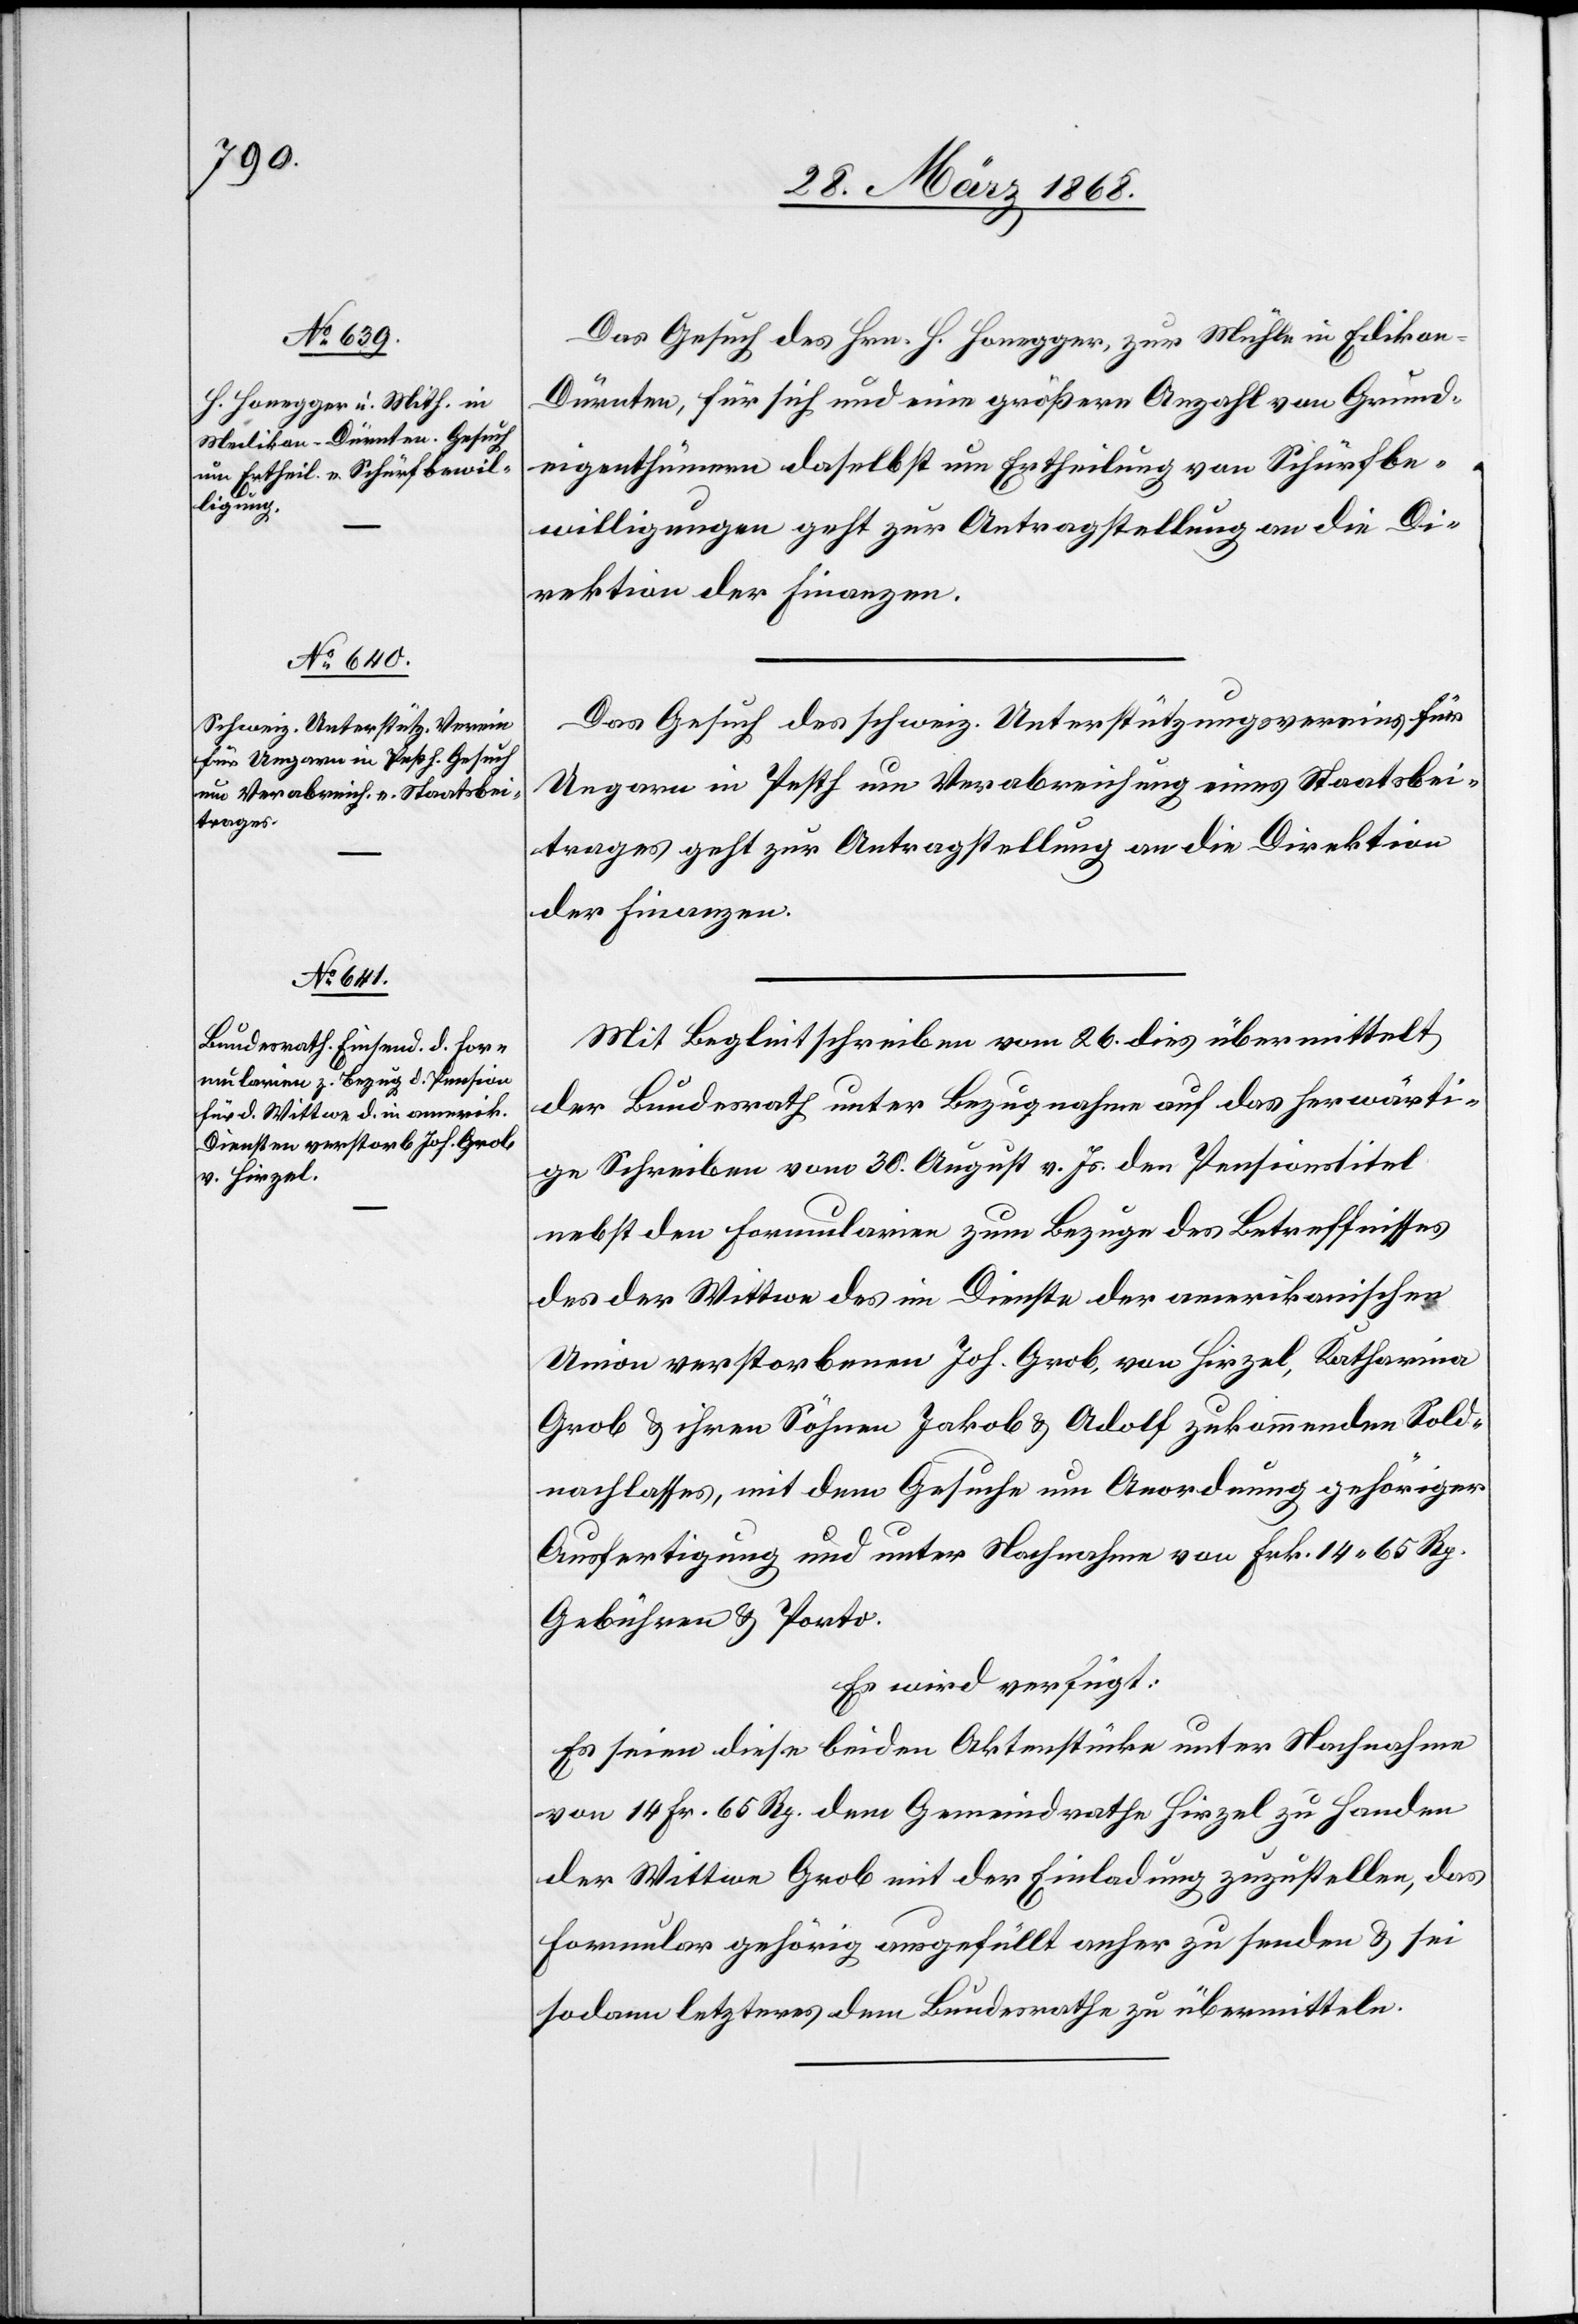
31. März 1868.]
Das Gesuch des Hrn. H. Honegger, zur Mühle in Ediko¬
n-Dürnten, für sich und eine größere Anzahl von Grund¬
eigenthümern daselbst um Ertheilung von Schürfbe¬
willigungen geht zur Antragstellung an die Di¬
rektion der Finanzen.
Das Gesuch des schweiz. Unterstützungsvereins für
Ungarn in Pesth um Verabreichung eines Staatsbei¬
trages geht zur Antragstellung an die Direktion
der Finanzen.
Mit Begleitschreiben vom 26. dies übermittelt
der Bundesrath unter Bezugnahme auf das herwärti¬
ge Schreiben vom 30. August v. Js. den Pensionstitel
nebst den Formularien zum Bezuge des Betreffnisses
des der Wittwe des im Dienste der amerikanischen
Union verstorbenen Joh. Grob, von Hirzel, Katharina
Grob & ihren Söhnen Jakob & Adolf zukommenden Sold¬
nachlasses, mit dem Gesuche um Anordnung gehöriger
Ausfertigung und unter Nachnahme von Frk. 14 65 Rp.
Gebühren & Porto.
Es wird verfügt:
Es seien diese beiden Aktenstücke unter Nachnahme
von 14 Fr. 65 Rp. dem Gemeindrathe Hirzel zu Handen
der Wittwe Grob mit der Einladung zuzustellen, das
Formular gehörig ausgefüllt anher zu senden & sei
sodann letzteres dem Bundesrathe zu übermitteln.